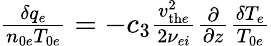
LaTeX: \begin{array}{r}{\frac{\delta q_{e}}{n_{0e}T_{0e}}=-c_{3}\frac{v_{\mathrm{th}e}^{2}}{2\nu_{ei}}\frac{\partial}{\partial z}\frac{\delta T_{e}}{T_{0e}}}\end{array}